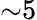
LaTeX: {\sim}5